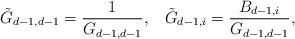
LaTeX: \begin{align*}\tilde{G}_{d-1,d-1} = \frac{1}{G_{d-1,d-1}},\;\;\; \tilde{G}_{d-1,i} =\frac{B_{d-1,i}}{G_{d-1,d-1}} ,\end{align*}